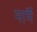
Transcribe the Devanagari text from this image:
नाॅर्म